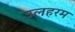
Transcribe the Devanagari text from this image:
उलहरम